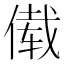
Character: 傤